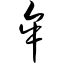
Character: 牟